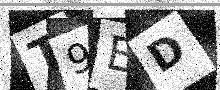
Text: T9ED